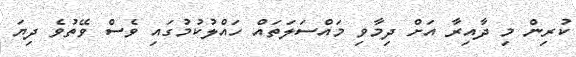
ކުރިން މި ދާއިރާ އަށް ދިމާވި މައްސަލަތައް ހައްލުކުމުގައި ވެސް ވޭތުވެ ދިޔަ